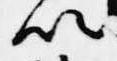
以